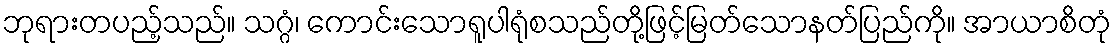
ဘုရားတပည့်သည်။ သဂ္ဂံ၊ ကောင်းသောရူပါရုံစသည်တို့ဖြင့်မြတ်သောနတ်ပြည်ကို။ အာယာစိတုံ